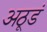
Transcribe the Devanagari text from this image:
अठूडं